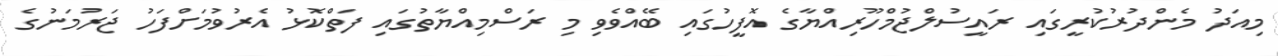
މިއަދު މެންދުރުކުރީގައި ރައީސުލްޖުމްހޫރިއްޔާގެ އޮފީހުގައި ބޭއްވެވި މި ރަސްމިއްޔާތުގައި ފަތްކޮޅު އެރުވުމަށްފަހު ޖަރުމަނުގެ